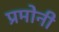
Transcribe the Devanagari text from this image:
प्रमोनी